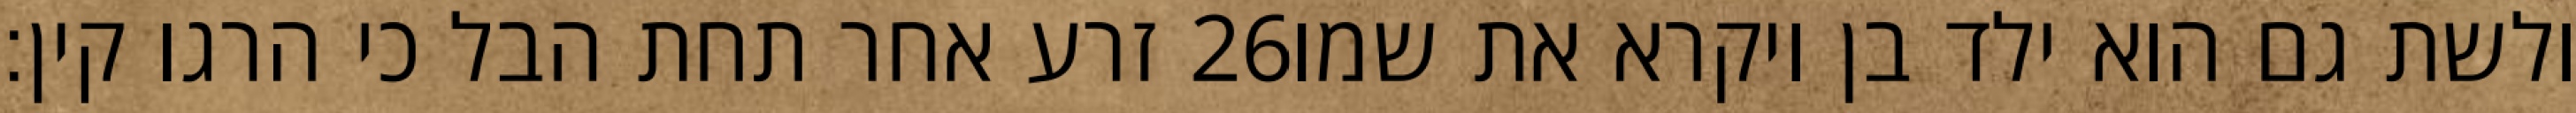
זרע אחר תחת הבל כי הרגו קין׃ ‎26‏ ולשת גם הוא ילד בן ויקרא את שמו